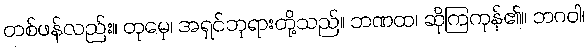
တစ်ဖန်လည်း။ တုမှေ၊ အရှင်ဘုရားတို့သည်။ ဘဏထ၊ ဆိုကြကုန်၏။ ဘဂဝါ၊